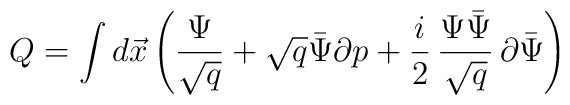
Q=\int d\vec{x}\left(\frac{\Psi}{\sqrt{q}}+\sqrt{q}\bar{\Psi}\partial p+ \frac{i}{2}\,\frac{\Psi\bar{\Psi}}{\sqrt{q}}\,\partial\bar{\Psi}\right)